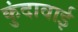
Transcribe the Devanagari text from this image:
कुंदावाई